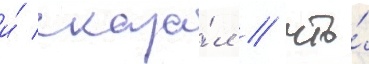
и́ сказа́л / что́